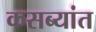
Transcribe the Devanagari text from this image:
कसब्यांत